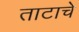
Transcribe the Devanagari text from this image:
ताटाचे